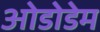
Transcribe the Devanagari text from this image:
ओडोडेम